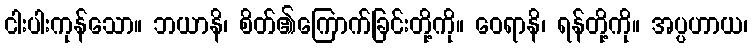
ငါးပါးကုန်သော။ ဘယာနိ၊ စိတ်၏ကြောက်ခြင်းတို့ကို။ ဝေရာနိ၊ ရန်တို့ကို။ အပ္ပဟာယ၊